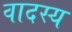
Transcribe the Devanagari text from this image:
वादस्य